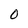
Character: O